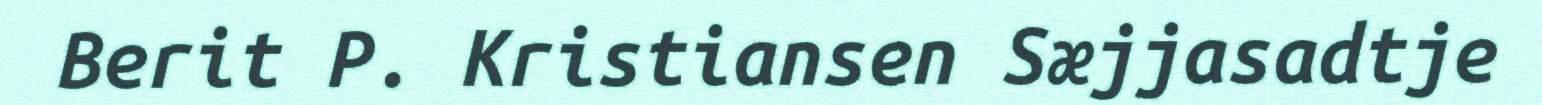
Berit P. Kristiansen Sæjjasadtje